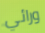
ورائي